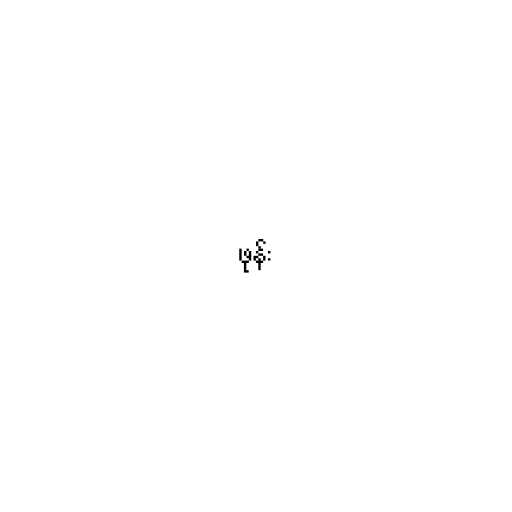
ဖုန်း